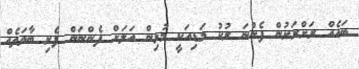
ބައެއް ރަށްރަށުން ފެންނަ ރުކު މަޑިއަކީ މުޅިން އަލަށް ފެންނަން ފެށި ބާވަތެއް